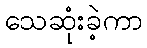
သေဆုံးခဲ့ကာ